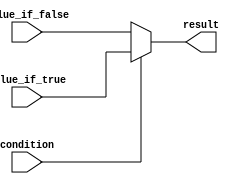
module generate_conditional_assignment (
    input wire condition,
    input wire value_if_true,
    input wire value_if_false,
    output reg result
);

always @* begin
    if (condition) begin
        result = value_if_true;
    end else begin
        result = value_if_false;
    end
end

endmodule